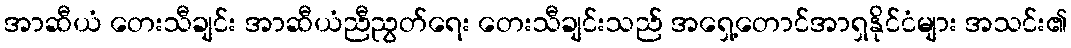
အာဆီယံ တေးသီချင်း အာဆီယံညီညွတ်ရေး တေးသီချင်းသည် အရှေ့တောင်အာရှနိုင်ငံများ အသင်း၏